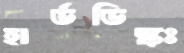
হার্ডডিস্কঃ